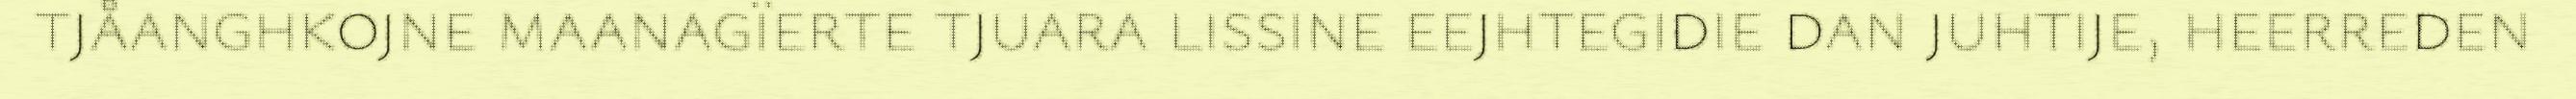
tjåanghkojne maanagïerte tjuara lissine eejhtegidie dan juhtije, heerreden